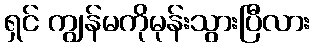
ရှင် ကျွန်မကိုမုန်းသွားပြီလား